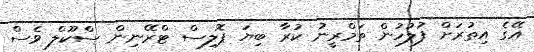
އޭގެ އިތުރަށް ފުލުހުން ތަމްރީނު ކުރާ ބިޔަ ޕޮލިސް ޓްރޭނިން ސްކޫލް ވެސް